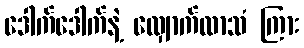
ဒေါက်ဒေါက်နဲ့ လျှောက်လာသံ ကြား